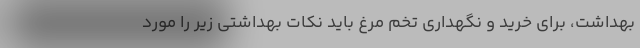
بهداشت، برای خرید و نگهداری تخم مرغ باید نکات بهداشتی زیر را مورد